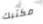
مكتبك